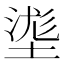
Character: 㙙